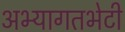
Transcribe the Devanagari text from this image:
अभ्यागतभेटी